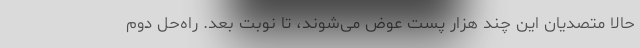
حالا متصدیان این چند هزار پست عوض می‌شوند، تا نوبت بعد. راه‌حل دوم